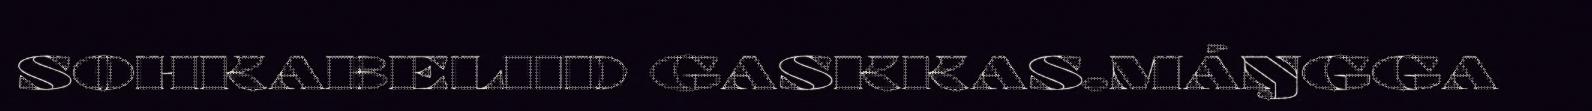
SOHKABELIID GASKKAS.MÁŊGGA